Vaccine operations Central Provinces 1886-1899 - 1886-1899
Year: 1886
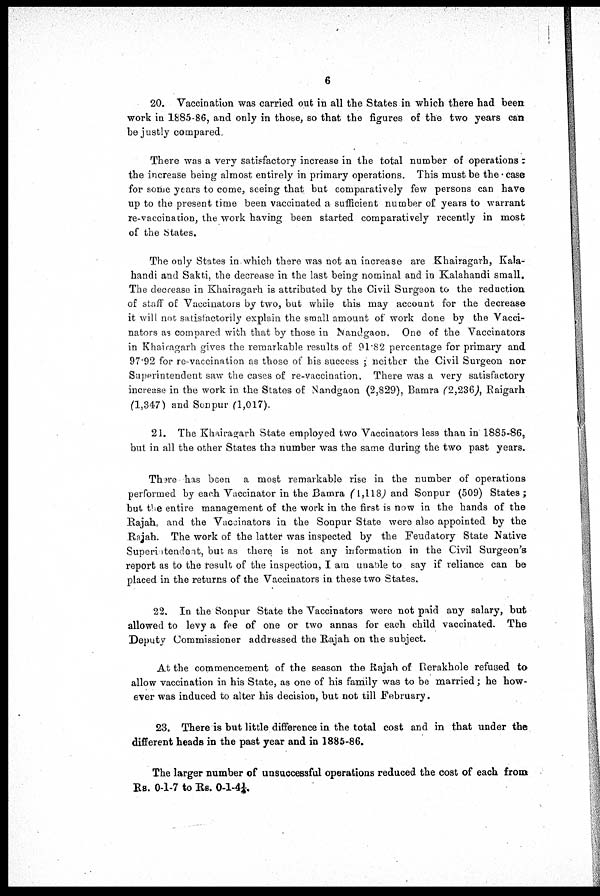
6
20. Vaccination was carried out in all the States in which there had been
work in 1885-86, and only in those, so that the figures of the two years can
be justly compared.
There was a very satisfactory increase in the total number of operations.
the increase being almost entirely in primary operations. This must be the case
for some years to come, seeing that but comparatively few persons can have
up to the present time been vaccinated a sufficient number of years to warrant
re-vaccination, the work having been started comparatively recently in most
of the States.
The only States in which there was not an increase are Khairagarh, Kala-
handi and Sakti, the decrease in the last being nominal and in Kalahandi small.
The decrease in Khairagarh is attributed by the Civil Surgeon to the reduction
of staff of Vaccinators by two, but while this may account for the decrease
it will not satisfactorily explain the small amount of work done by the Vacci-
nators as compared with that by those in Nandgaon. One of the Vaccinators
in Khairagarh gives the remarkable results of 91.82 percentage for primary and
97.92 for re-vaccination as those of his success ; neither the Civil Surgeon nor
Superintendent saw the cases of re-vaccination. There was a very satisfactory
increase in the work in the States of Nandgaon (2,829), Bamra (2,236), Raigarh
(1,347) and Sonpur (1,017).
21. The Khairagarh State employed two Vaccinators less than in 1885-86,
but in all the other States the number was the same during the two past years.
There has been a most remarkable rise in the number of operations
performed by each Vaccinator in the Bamra (1,118) and Sonpur (509) States;
but the entire management of the work in the first is now in the hands of the
Rajah, and the Vaccinators in the Sonpur State were also appointed by the
Rajah. The work of the latter was inspected by the Feudatory State Native
Superintendent, but as there is not any information in the Civil Surgeon's
report as to the result of the inspection, I am unable to say if reliance can be
placed in the returns of the Vaccinators in these two States.
22. In the Sonpur State the Vaccinators were not paid any salary, but
allowed to levy a fee of one or two annas for each child vaccinated. The
Deputy Commissioner addressed the Rajah on the subject.
At the commencement of the season the Rajah of Rerakhole refused to
allow vaccination in his State, as one of his family was to be married; he how-
ever was induced to alter his decision, but not till February.
23. There is but little difference in the total cost and in that under the
different heads in the past year and in 1885-86.
The larger number of unsuccessful operations reduced the cost of each from
Rs. 0-1-7 to Rs. 0-1-4¼.